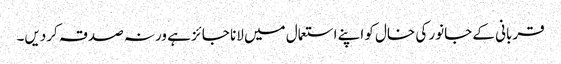
قربانی کے جانور کی خال کو اپنے استعمال میں لانا جائز ہے ورنہ صدقہ کردیں۔